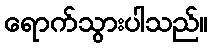
ရောက်သွားပါသည်။